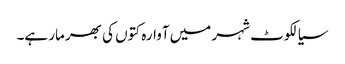
سیالکوٹ شہر میں آوارہ کتوں کی بھرمار ہے۔